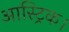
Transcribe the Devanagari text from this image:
आस्ट्रिक।